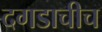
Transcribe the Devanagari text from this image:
दगडाचीच